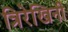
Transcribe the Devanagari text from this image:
त्रिरेखिनी